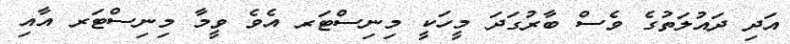
އަދި ދައުލަތުގެ ވެސް ބާރުގަދަ މީހަކީ މިނިސްޓަރ އެވެ ވީމާ މިނިސްޓަރ އާއި